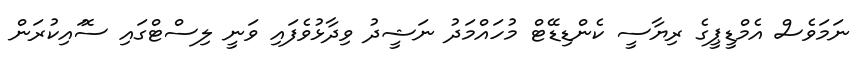
ނަމަވެސް އެމްޑީޕީގެ ރިޔާސީ ކެންޑިޑޭޓް މުހައްމަދު ނަޝީދު ވިދާޅުވެފައި ވަނީ ލިސްޓްގައި ސޮައިކުރަން